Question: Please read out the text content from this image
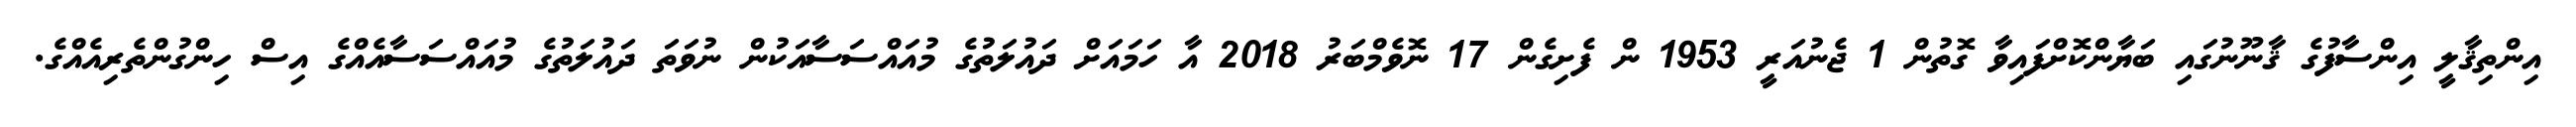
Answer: އިންތިޤާލީ އިންސާފުގެ ޤާނޫނުގައި ބަޔާންކޮށްފައިވާ ގޮތުން 1 ޖެނުއަރީ 1953 ން ފެށިގެން 17 ނޮވެމްބަރު 2018 އާ ހަމައަށް ދައުލަތުގެ މުއައްސަސާއަކުން ނުވަތަ ދައުލަތުގެ މުއައްސަސާއެއްގެ އިސް ހިންގުންތެރިއެއްގެ.